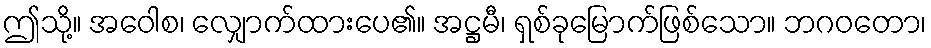
ဤသို့။ အဝေါစ၊ လျှောက်ထားပေ၏။ အဋ္ဌမီ၊ ရှစ်ခုမြောက်ဖြစ်သော။ ဘဂဝတော၊